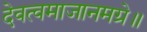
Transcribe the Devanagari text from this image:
देवत्वमाजानमग्रे॥